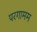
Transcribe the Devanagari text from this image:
परगामम